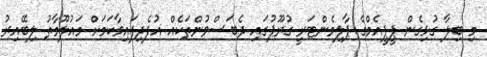
މި ބިލާ ގުޅިގެން ޕީޕީއެމްގެ ޕާލިމެންޓަރީ ގުރޫޕުގައި ދެބަސްވުންތަކެއް އުފެދިފައިވާކަމަށް މައުލޫމާތު ލިބޭއިރު